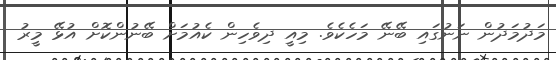
މަދުމަދުން ނަނުގައި ބޭނޭ މަހެކެވެ. މިއީ ދިވެހިން ކެއުމަށް ބޭނުންކޮށް އުޅޭ މީރު